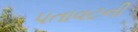
પતાવટની